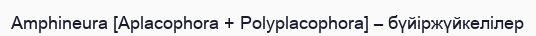
Amphineura [Aplacophora + Polyplacophora] – бүйіржүйкелілер